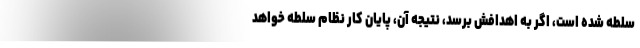
سلطه شده است، اگر به اهدافش برسد، نتیجه آن، پایان کار نظام سلطه خواهد